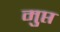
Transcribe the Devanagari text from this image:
मुप्त